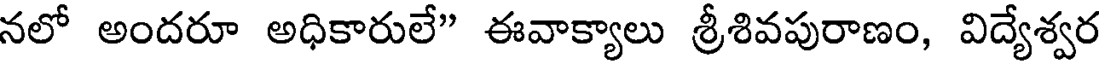
నలో అందరూ అధికారులే" ఈవాక్యాలు శ్రీశివపురాణం, విద్యేశ్వర